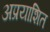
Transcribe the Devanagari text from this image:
अप्रयाशित